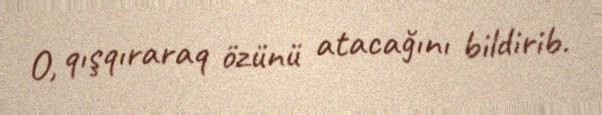
O, qışqıraraq özünü atacağını bildirib.